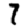
Digit: 7